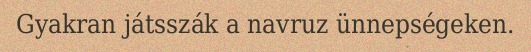
Gyakran játsszák a navruz ünnepségeken.